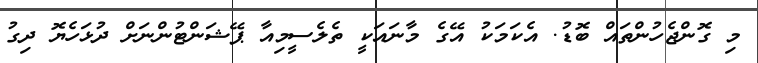
މި ގޮންޖެހުންތައް ބޮޑު. އެކަމަކު އޭގެ މާނައަކީ ތެލެސީމިއާ ޕޭޝަންޓުންނަށް ދުޅަހެޔޮ ދިގު